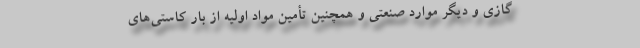
گازی و دیگر موارد صنعتی و همچنین تأمین مواد اولیه از بار کاستی‌های